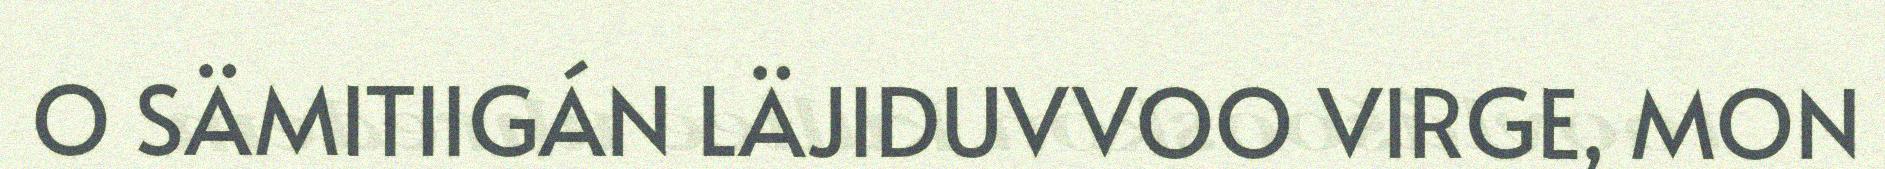
O SÄMITIIGÁN LÄJIDUVVOO VIRGE, MON